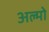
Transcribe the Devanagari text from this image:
अल्मो